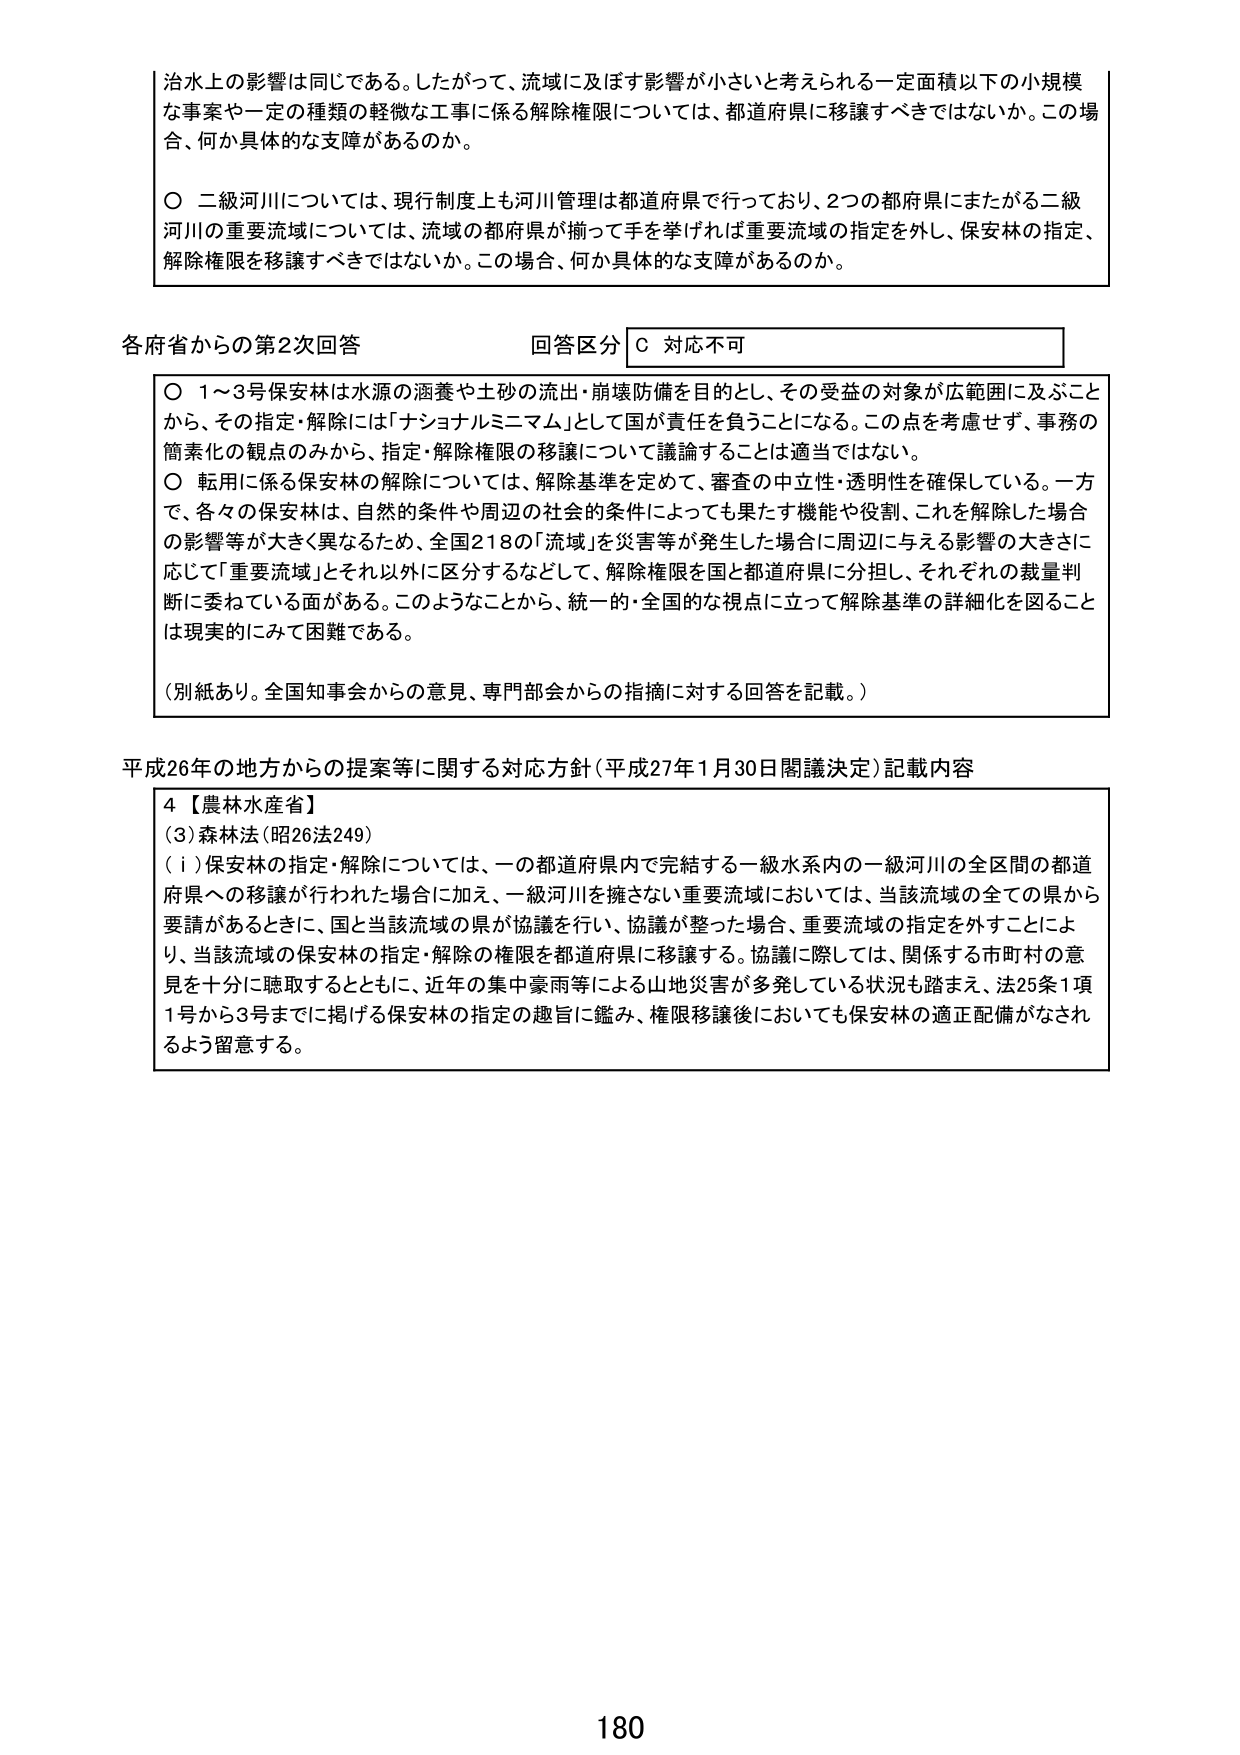
治水上の影響は同じである。したがって、流域に及ぼす影響が小さいと考えられる一定面積以下の小規模な事業や一定の種類の軽微な工事に係る解除権限については、都道府県に移譲すべきではないか。この場合、何か具体的な支障があるのか。

〇 二級河川については、現行制度上も河川管理は都道府県で行っており、2つの都府県にまたがる二級河川の重要流域については、流域の都府県が揃って手を挙げれば重要流域の指定を外し、保安林の指定、解除権限を移譲すべきではないか。この場合、何か具体的な支障があるのか。

各府省からの第2次回答 回答区分 C 対応不可

〇 1～3号保安林は水源の涵養や土砂の流出・崩壊防備を目的とし、その受益の対象が広範囲に及ぶことから、その指定・解除には「ナショナルミニマム」として国が責任を負うことになる。この点を考慮せず、事務の簡素化の観点のみから、指定・解除権限の移譲について議論することは適当ではない。

〇 転用に係る保安林の解除については、解除基準を定めて、審査の中立性・透明性を確保している。一方で、各々の保安林は、自然的条件や周辺の社会的条件によっても果たす機能や役割、これを解除した場合の影響等が大きく異なるため、全国218の「流域」を災害等が発生した場合に周辺に与える影響の大きさに応じて「重要流域」とそれ以外に区分するなどして、解除権限を国と都道府県に分担し、それぞれの裁量判断に委ねている面がある。このようなことから、統一的・全国的な視点に立って解除基準の詳細化を図ることは現実的にみて困難である。

（別紙あり。全国知事会からの意見、専門部会からの指摘に対する回答を記載。）

平成26年の地方からの提案等に関する対応方針（平成27年1月30日閣議決定）記載内容

4【農林水産省】
（3）森林法（昭26法249）
（ⅰ）保安林の指定・解除については、一の都道府県内で完結する一級水系内の一級河川の全区間の都道府県への移譲が行われた場合に加え、一級河川を擁さない重要流域においては、当該流域の全ての県から要請があるときに、国と当該流域の県が協議を行い、協議が整った場合、重要流域の指定を外すことにより、当該流域の保安林の指定・解除の権限を都道府県に移譲する。協議に際しては、関係する市町村の意見を十分に聴取するとともに、近年の集中豪雨等による山地災害が多発している状況も踏まえ、法25条1項1号から3号までに掲げる保安林の指定の趣旨に鑑み、権限移譲後においても保安林の適正配備がなされるよう留意する。

180